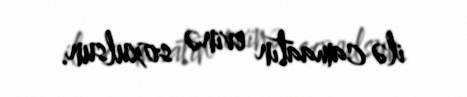
ilə camaatın evinə soxulsun.